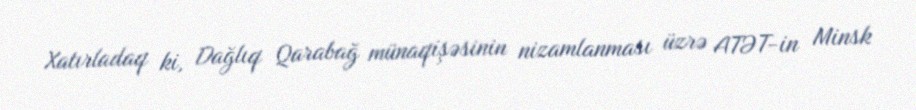
Xatırladaq ki, Dağlıq Qarabağ münaqişəsinin nizamlanması üzrə ATƏT-in Minsk